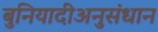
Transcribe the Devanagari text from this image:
बुनियादीअनुसंधान